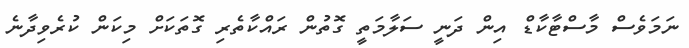
ނަމަވެސް މާސްޓާކާޑް އިން ދަނީ ސަލާމަތީ ގޮތުން ރައްކާތެރި ގޮތަކަށް މިކަން ކުރެވިދާނެ